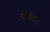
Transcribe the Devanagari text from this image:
उलूक।